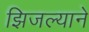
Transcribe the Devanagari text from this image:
झिजल्याने